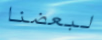
لبعضنا